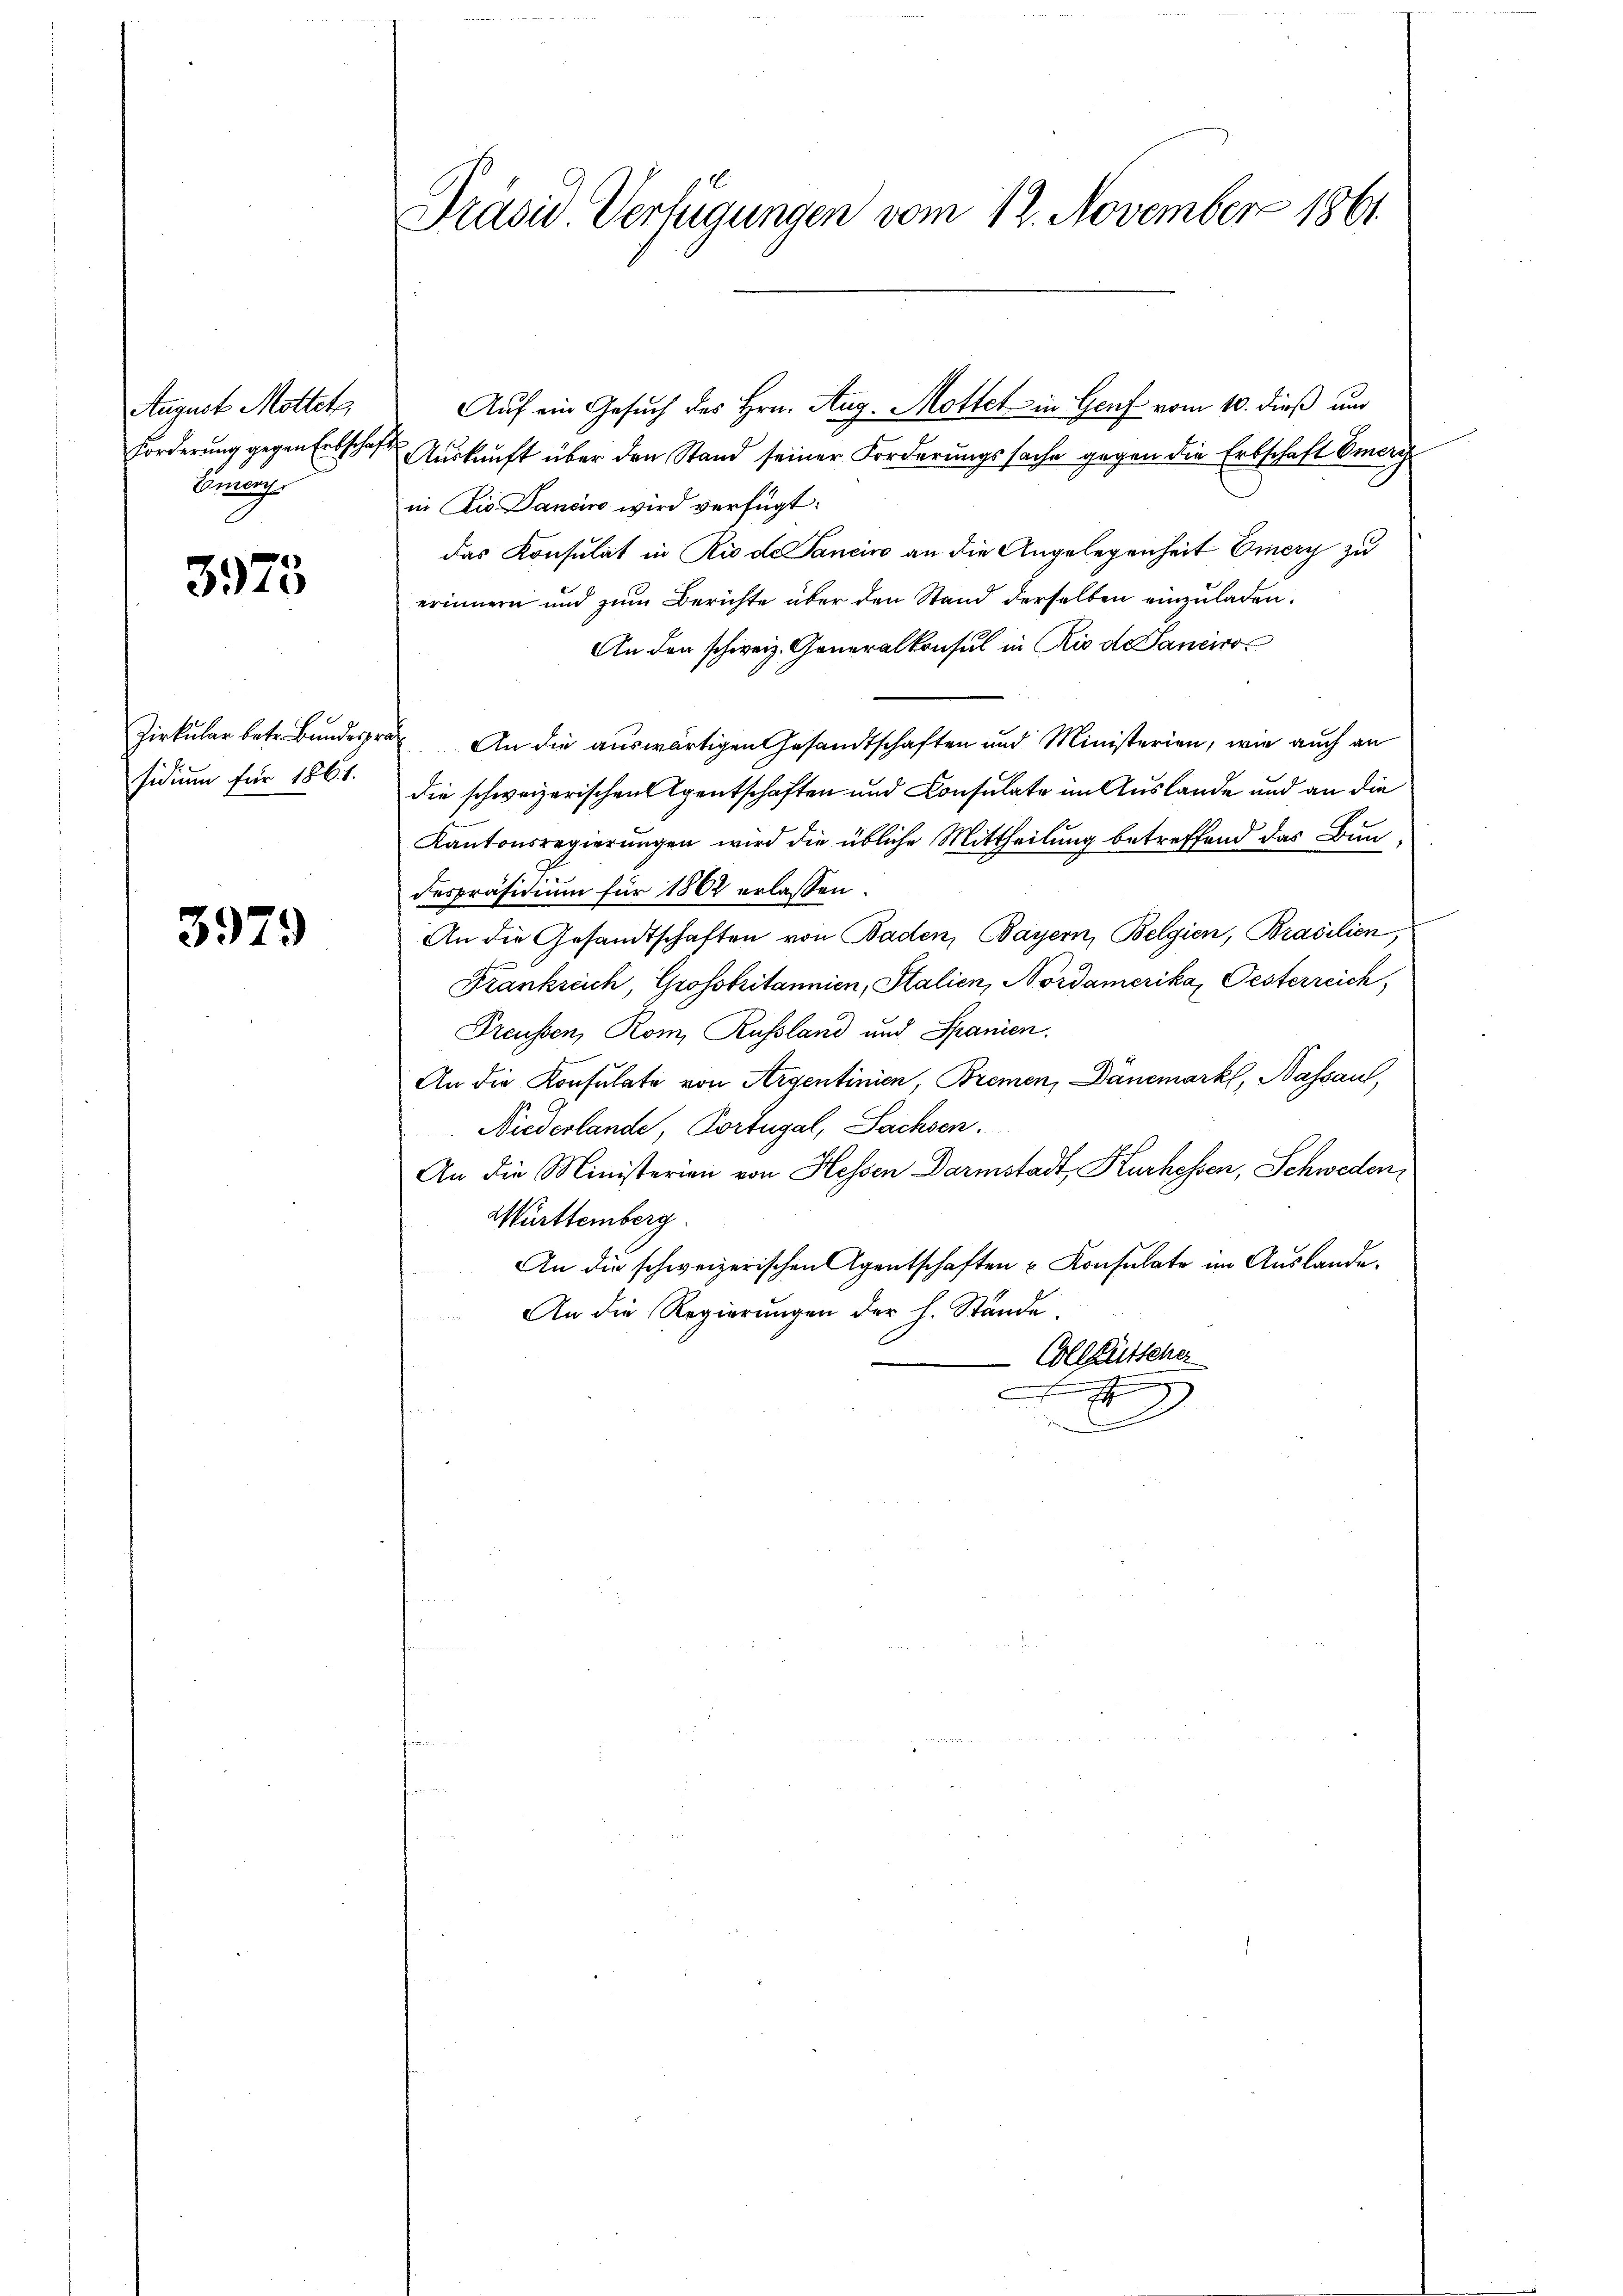
August Mottete,
Emener

3973

sidium für 1861.

3979

Präsid. Verfügungen vom 12. November 1861

Auf ein Gesuch des Hrn. Aug. Mottet in Genf vom 10. dieß und
Forderŭng gegen Erbschaft Aŭskŭnft über den Stand seiner Forderŭngssache gegen die Erbschaft bemerch
in Die Danciro wird verfügt:
das Konsulat in Rio de Sancino an die Angelegenheit Einery zu
erinnern und zum Berichte über den Stand derselben einzuladen.
An den schweiz. Generalkonsul in Rio de Sanciro¬
Zirkŭlar betr. Bŭnderpra. An die aŭswärtigen Gesandtschaften und Ministerien, wie auch an
die schweizerischen Agentschaften und Consulate im Auslande und an die
Kantonsregierungen wird die übliche Mittheilung betreffend das Bundespräsidium für 1862 erlassen.
An die Gesandtschaften von Baden, Bayern, Belgien, Brasilien,
Frankreich, Grossbritannien, Stalien, Nordamerika, Pesterreich
Preussen, Rom, Russland und Spanien.
An die Konsulate von Argentinien, Bremen, Dänemark, Nassau,
Niederlande, Portugal, Sachsen.
An die Ministerien von Hessen Darmstadt, Hurhessen, Schweden,
Württemberg.
An die schweizerischen Agentschaften u. Konsulate im Auslande.
An die Regierungen der h. Stände,
Collgütscher
2